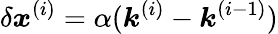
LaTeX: \delta\boldsymbol{x}^{(i)}=\alpha(\boldsymbol{\mathit{k}}^{(i)}-\boldsymbol{\mathit{k}}^{(i-1)})